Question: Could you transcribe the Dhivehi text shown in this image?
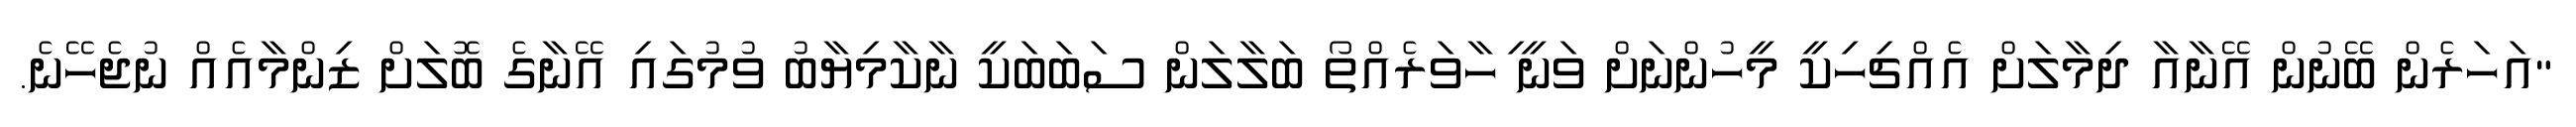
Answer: "އަހަރެން ބޭނުން އޭނާއާ ދިމާލަށް އެއްޗިހިކީ މީހުންނަށް ވަނީ ިހާވަރެއްތޯ ބަލާލަން ސަބަބަކީ ނާކާމިޔާބު ވުމުގައި އޭނާގެ ބޮލަށް ޒިންމާއެއް ނުޖެހޭނެ.